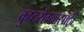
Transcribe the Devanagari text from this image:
कुष्ठरोग्यासाठी